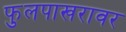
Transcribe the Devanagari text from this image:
फुलपाखरावर